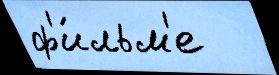
ф'и́льм'е